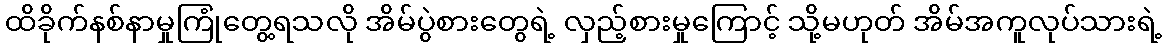
ထိခိုက်နစ်နာမှုကြုံတွေ့ရသလို အိမ်ပွဲစားတွေရဲ့ လှည့်စားမှုကြောင့် သို့မဟုတ် အိမ်အကူလုပ်သားရဲ့